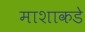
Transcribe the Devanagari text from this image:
माशाकडे